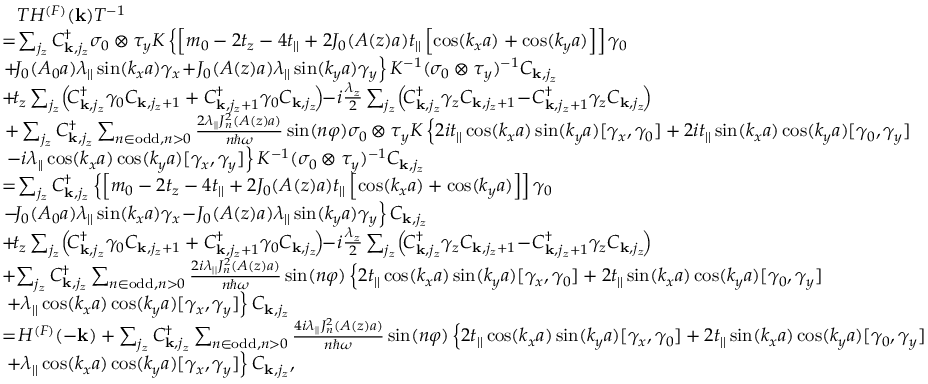
\begin{array} { r l } & { ~ ~ { \cal T } H ^ { ( F ) } ( { \bf k } ) { \cal T } ^ { - 1 } } \\ & { \! = \! \sum _ { j _ { z } } C _ { { \bf k } , j _ { z } } ^ { \dagger } \sigma _ { 0 } \otimes \tau _ { y } { \cal K } \left\{ \left[ m _ { 0 } - 2 t _ { z } - 4 t _ { | | } + 2 { \cal J } _ { 0 } ( A ( z ) a ) t _ { | | } \left[ \cos ( k _ { x } a ) + \cos ( k _ { y } a ) \right] \right] \gamma _ { 0 } \right. } \\ & { \left. \! + \! { \cal J } _ { 0 } ( A _ { 0 } a ) \lambda _ { | | } \sin ( k _ { x } a ) \gamma _ { x } \! + \! { \cal J } _ { 0 } ( A ( z ) a ) \lambda _ { | | } \sin ( k _ { y } a ) \gamma _ { y } \right\} { \cal K } ^ { - 1 } ( \sigma _ { 0 } \otimes \tau _ { y } ) ^ { - 1 } C _ { { \bf k } , j _ { z } } } \\ & { \! + \! t _ { z } \sum _ { j _ { z } } \! \left( \! C _ { { \bf k } , j _ { z } } ^ { \dagger } \gamma _ { 0 } C _ { { \bf k } , j _ { z } + 1 } + C _ { { \bf k } , j _ { z } + 1 } ^ { \dagger } \gamma _ { 0 } C _ { { \bf k } , j _ { z } } \! \right) \! \! - \! i \frac { \lambda _ { z } } { 2 } \sum _ { j _ { z } } \! \left( \! C _ { { \bf k } , j _ { z } } ^ { \dagger } \gamma _ { z } C _ { { \bf k } , j _ { z } + 1 } \! - \! C _ { { \bf k } , j _ { z } + 1 } ^ { \dagger } \gamma _ { z } C _ { { \bf k } , j _ { z } } \! \right) \! } \\ & { + \sum _ { j _ { z } } C _ { { \bf k } , j _ { z } } ^ { \dagger } \sum _ { n \in \mathrm { o d d } , n > 0 } \frac { 2 \lambda _ { | | } { \cal J } _ { n } ^ { 2 } ( A ( z ) a ) } { n \hbar \omega } \sin ( n \varphi ) \sigma _ { 0 } \otimes \tau _ { y } { \cal K } \left\{ 2 i t _ { | | } \cos ( k _ { x } a ) \sin ( k _ { y } a ) [ \gamma _ { x } , \gamma _ { 0 } ] + 2 i t _ { | | } \sin ( k _ { x } a ) \cos ( k _ { y } a ) [ \gamma _ { 0 } , \gamma _ { y } ] \right. } \\ & { \left. - i \lambda _ { | | } \cos ( k _ { x } a ) \cos ( k _ { y } a ) [ \gamma _ { x } , \gamma _ { y } ] \right\} { \cal K } ^ { - 1 } ( \sigma _ { 0 } \otimes \tau _ { y } ) ^ { - 1 } C _ { { \bf k } , j _ { z } } } \\ & { \! = \! \sum _ { j _ { z } } C _ { { \bf k } , j _ { z } } ^ { \dagger } \left\{ \left[ m _ { 0 } - 2 t _ { z } - 4 t _ { | | } + 2 { \cal J } _ { 0 } ( A ( z ) a ) t _ { | | } \left[ \cos ( k _ { x } a ) + \cos ( k _ { y } a ) \right] \right] \gamma _ { 0 } \right. } \\ & { \left. \! - \! { \cal J } _ { 0 } ( A _ { 0 } a ) \lambda _ { | | } \sin ( k _ { x } a ) \gamma _ { x } \! - \! { \cal J } _ { 0 } ( A ( z ) a ) \lambda _ { | | } \sin ( k _ { y } a ) \gamma _ { y } \right\} C _ { { \bf k } , j _ { z } } } \\ & { \! + \! t _ { z } \sum _ { j _ { z } } \! \left( \! C _ { { \bf k } , j _ { z } } ^ { \dagger } \gamma _ { 0 } C _ { { \bf k } , j _ { z } + 1 } + C _ { { \bf k } , j _ { z } + 1 } ^ { \dagger } \gamma _ { 0 } C _ { { \bf k } , j _ { z } } \! \right) \! \! - \! i \frac { \lambda _ { z } } { 2 } \sum _ { j _ { z } } \! \left( \! C _ { { \bf k } , j _ { z } } ^ { \dagger } \gamma _ { z } C _ { { \bf k } , j _ { z } + 1 } \! - \! C _ { { \bf k } , j _ { z } + 1 } ^ { \dagger } \gamma _ { z } C _ { { \bf k } , j _ { z } } \! \right) \! } \\ & { \! + \! \sum _ { j _ { z } } C _ { { \bf k } , j _ { z } } ^ { \dagger } \sum _ { n \in \mathrm { o d d } , n > 0 } \frac { 2 i \lambda _ { | | } { \cal J } _ { n } ^ { 2 } ( A ( z ) a ) } { n \hbar \omega } \sin ( n \varphi ) \left\{ 2 t _ { | | } \cos ( k _ { x } a ) \sin ( k _ { y } a ) [ \gamma _ { x } , \gamma _ { 0 } ] + 2 t _ { | | } \sin ( k _ { x } a ) \cos ( k _ { y } a ) [ \gamma _ { 0 } , \gamma _ { y } ] \right. } \\ & { \left. + \lambda _ { | | } \cos ( k _ { x } a ) \cos ( k _ { y } a ) [ \gamma _ { x } , \gamma _ { y } ] \right\} C _ { { \bf k } , j _ { z } } } \\ & { \! = \! H ^ { ( F ) } ( - { \bf k } ) + \sum _ { j _ { z } } C _ { { \bf k } , j _ { z } } ^ { \dagger } \sum _ { n \in \mathrm { o d d } , n > 0 } \frac { 4 i \lambda _ { | | } { \cal J } _ { n } ^ { 2 } ( A ( z ) a ) } { n \hbar \omega } \sin ( n \varphi ) \left\{ 2 t _ { | | } \cos ( k _ { x } a ) \sin ( k _ { y } a ) [ \gamma _ { x } , \gamma _ { 0 } ] + 2 t _ { | | } \sin ( k _ { x } a ) \cos ( k _ { y } a ) [ \gamma _ { 0 } , \gamma _ { y } ] \right. } \\ & { \left. + \lambda _ { | | } \cos ( k _ { x } a ) \cos ( k _ { y } a ) [ \gamma _ { x } , \gamma _ { y } ] \right\} C _ { { \bf k } , j _ { z } } , } \end{array}